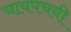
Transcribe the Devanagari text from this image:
चायपचयी